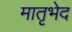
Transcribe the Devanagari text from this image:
मातृभेद